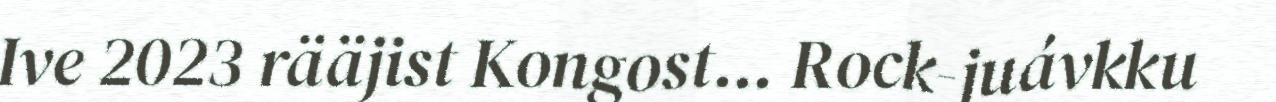
Ive 2023 rääjist Kongost... Rock-juávkku